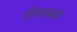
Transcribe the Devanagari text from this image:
रॉयल्सने